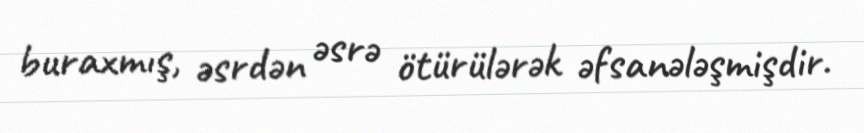
buraxmış, əsrdən əsrə ötürülərək əfsanələşmişdir.